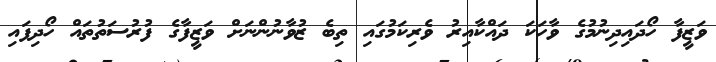
ވަޒީފާ ހޯދައިދިނުމުގެ ވާހަކަ ދައްކާއިރު ވެރިކަމުގައި ތިބެ ޒުވާނުންނަށް ވަޒީފާގެ ފުރުސަތުތައް ހޯދިފައި